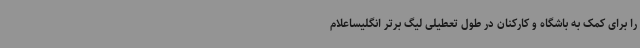
را برای کمک به باشگاه و کارکنان در طول تعطیلی لیگ برتر انگلیساعلام